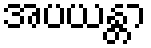
အပယန္တာ